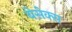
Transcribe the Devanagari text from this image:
बेसेक्स